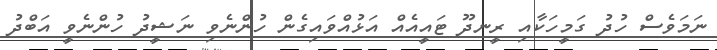
ނަމަވެސް ހުދު ގަމީހަކާއި ރީނދޫ ޓައީއެއް އަޅުއްވައިގެން ހުންނެވި ނަޝީދު ހުންނެވީ އަބްދު